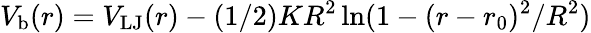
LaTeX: V_{\mathrm{b}}(r)=V_{\mathrm{LJ}}(r)-(1/2)KR^{2}\ln(1-(r-r_{0})^{2}/R^{2})